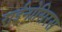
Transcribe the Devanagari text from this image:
राईनोसिरस